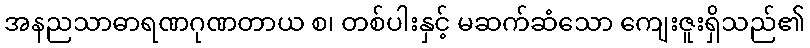
အနညသာဓာရဏဂုဏတာယ စ၊ တစ်ပါးနှင့် မဆက်ဆံသော ကျေးဇူးရှိသည်၏